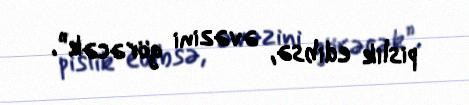
pislik edibsə, əvəzini görəcək”.